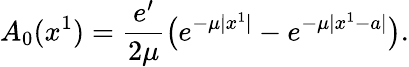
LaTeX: A_{0}(x^{1})={\frac{e^{\prime}}{2\mu}}\big(e^{-\mu|x^{1}|}-e^{-\mu|x^{1}-a|}\big).